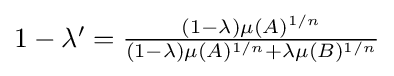
{\textstyle 1-\lambda '={\frac {(1-\lambda )\mu (A)^{1/n}}{(1-\lambda )\mu (A)^{1/n}+\lambda \mu (B)^{1/n}}}}